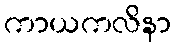
ကာယကလိနာ